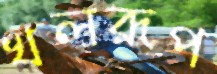
খলরূপ